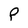
Character: P